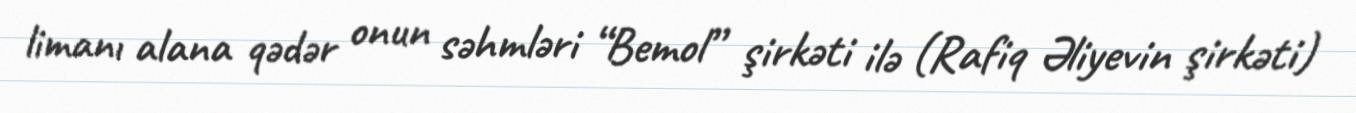
limanı alana qədər onun səhmləri “Bemol” şirkəti ilə (Rafiq Əliyevin şirkəti)